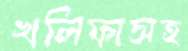
খলিফাসহ